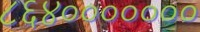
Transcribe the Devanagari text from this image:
८६४०००००००